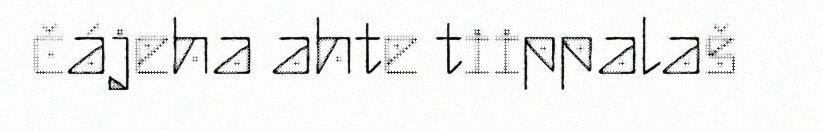
čájeha ahte tiippalaš